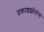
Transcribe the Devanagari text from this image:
प्रकाशझोतांचा